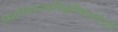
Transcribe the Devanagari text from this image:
निजनिजतन्त्रप्रसिद्धविद्याभ्रंशेऽपि